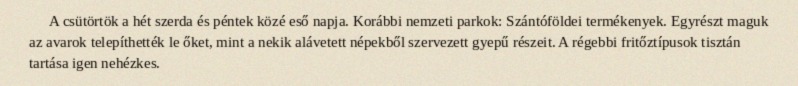
A csütörtök a hét szerda és péntek közé eső napja. Korábbi nemzeti parkok: Szántóföldei termékenyek. Egyrészt maguk az avarok telepíthették le őket, mint a nekik alávetett népekből szervezett gyepű részeit. A régebbi fritőztípusok tisztán tartása igen nehézkes.